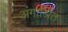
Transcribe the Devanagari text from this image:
अंगाश्रित